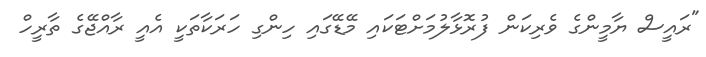
"ރައީސް ޔާމީންގެ ވެރިކަން ފުރޮޅާލުމަށްޓަކައި މޭޑޭގައި ހިންގި ހަރަކާތަކީ އެއީ ރާއްޖޭގެ ތާރީހް